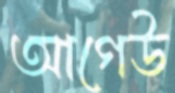
আগেউ